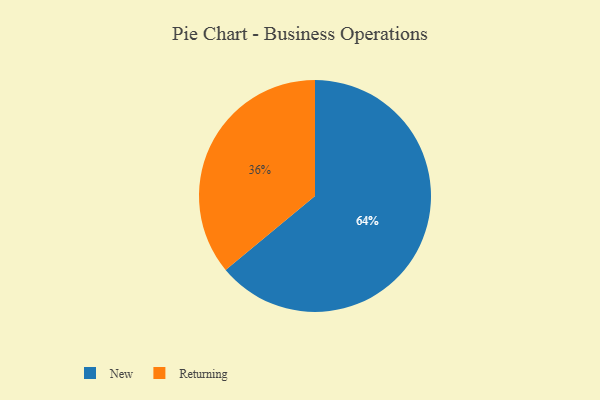
{"axis": {"x": "Category", "y": "Percentage"}, "legend": ["New", "Returning"], "data": [{"x": "New", "y": 64, "type": "New"}, {"x": "Returning", "y": 36, "type": "Returning"}]}